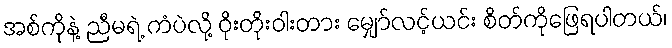
အစ်ကိုနဲ့ ညီမရဲ့ ကံပဲလို့ ဝိုးတိုးဝါးတား မျှော်လင့်ယင်း စိတ်ကိုဖြေရပါတယ်၊